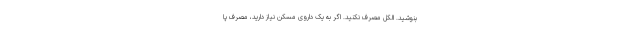
بنوشید. الکل مصرف نکنید. اگر به یک داروی مسکن نیاز دارید، مصرف پا